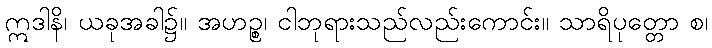
ဣဒါနိ၊ ယခုအခါ၌။ အဟဉ္စ၊ ငါဘုရားသည်လည်းကောင်း။ သာရိပုတ္တော စ၊